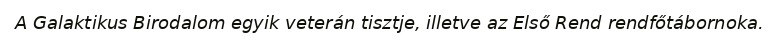
A Galaktikus Birodalom egyik veterán tisztje, illetve az Első Rend rendfőtábornoka.